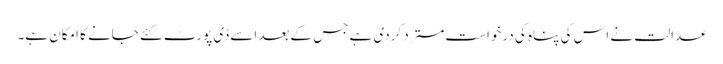
عدالت نے اس کی پناہ کی درخواست مسترد کردی ہے جس کے بعداسے ڈی پورٹ کئے جانے کا امکان ہے۔